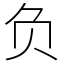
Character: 负